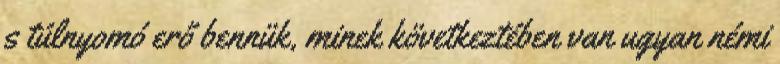
s túlnyomó erő bennük, minek következtében van ugyan némi